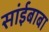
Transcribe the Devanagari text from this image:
सांईबाबा